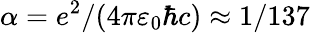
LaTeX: \alpha=e^{2}/(4\pi\varepsilon_{0}\hbar c)\approx 1/137